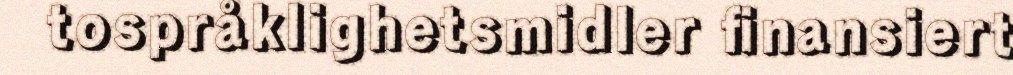
tospråklighetsmidler finansiert